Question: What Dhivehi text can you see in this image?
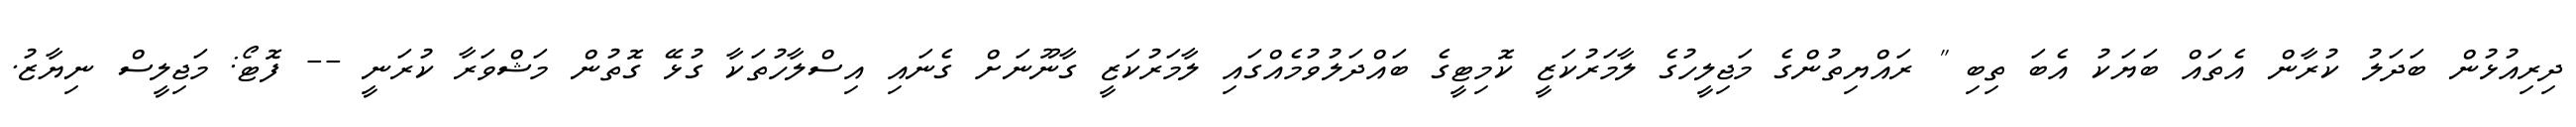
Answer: ދިރިއުޅުން ބަދަލު ކުރާން އެތައް ބަޔަކު އެބަ ތިބި " ރައްޔިތުންގެ މަޖިލީހުގެ ލާމަރުކަޒީ ކޮމިޓީގެ ބައްދަލުވުމެއްގައި ލާމަރުކަޒީ ގާނޫނަށް ގެނައި އިސްލާހުތަކާ ގުޅޭ ގޮތުން މަޝްވަރާ ކުރަނީ -- ފޮޓޯ: މަޖިލީސް ނިޔާޒު.